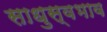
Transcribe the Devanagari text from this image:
साधुस्वभाव